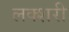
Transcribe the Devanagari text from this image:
लक्शरी